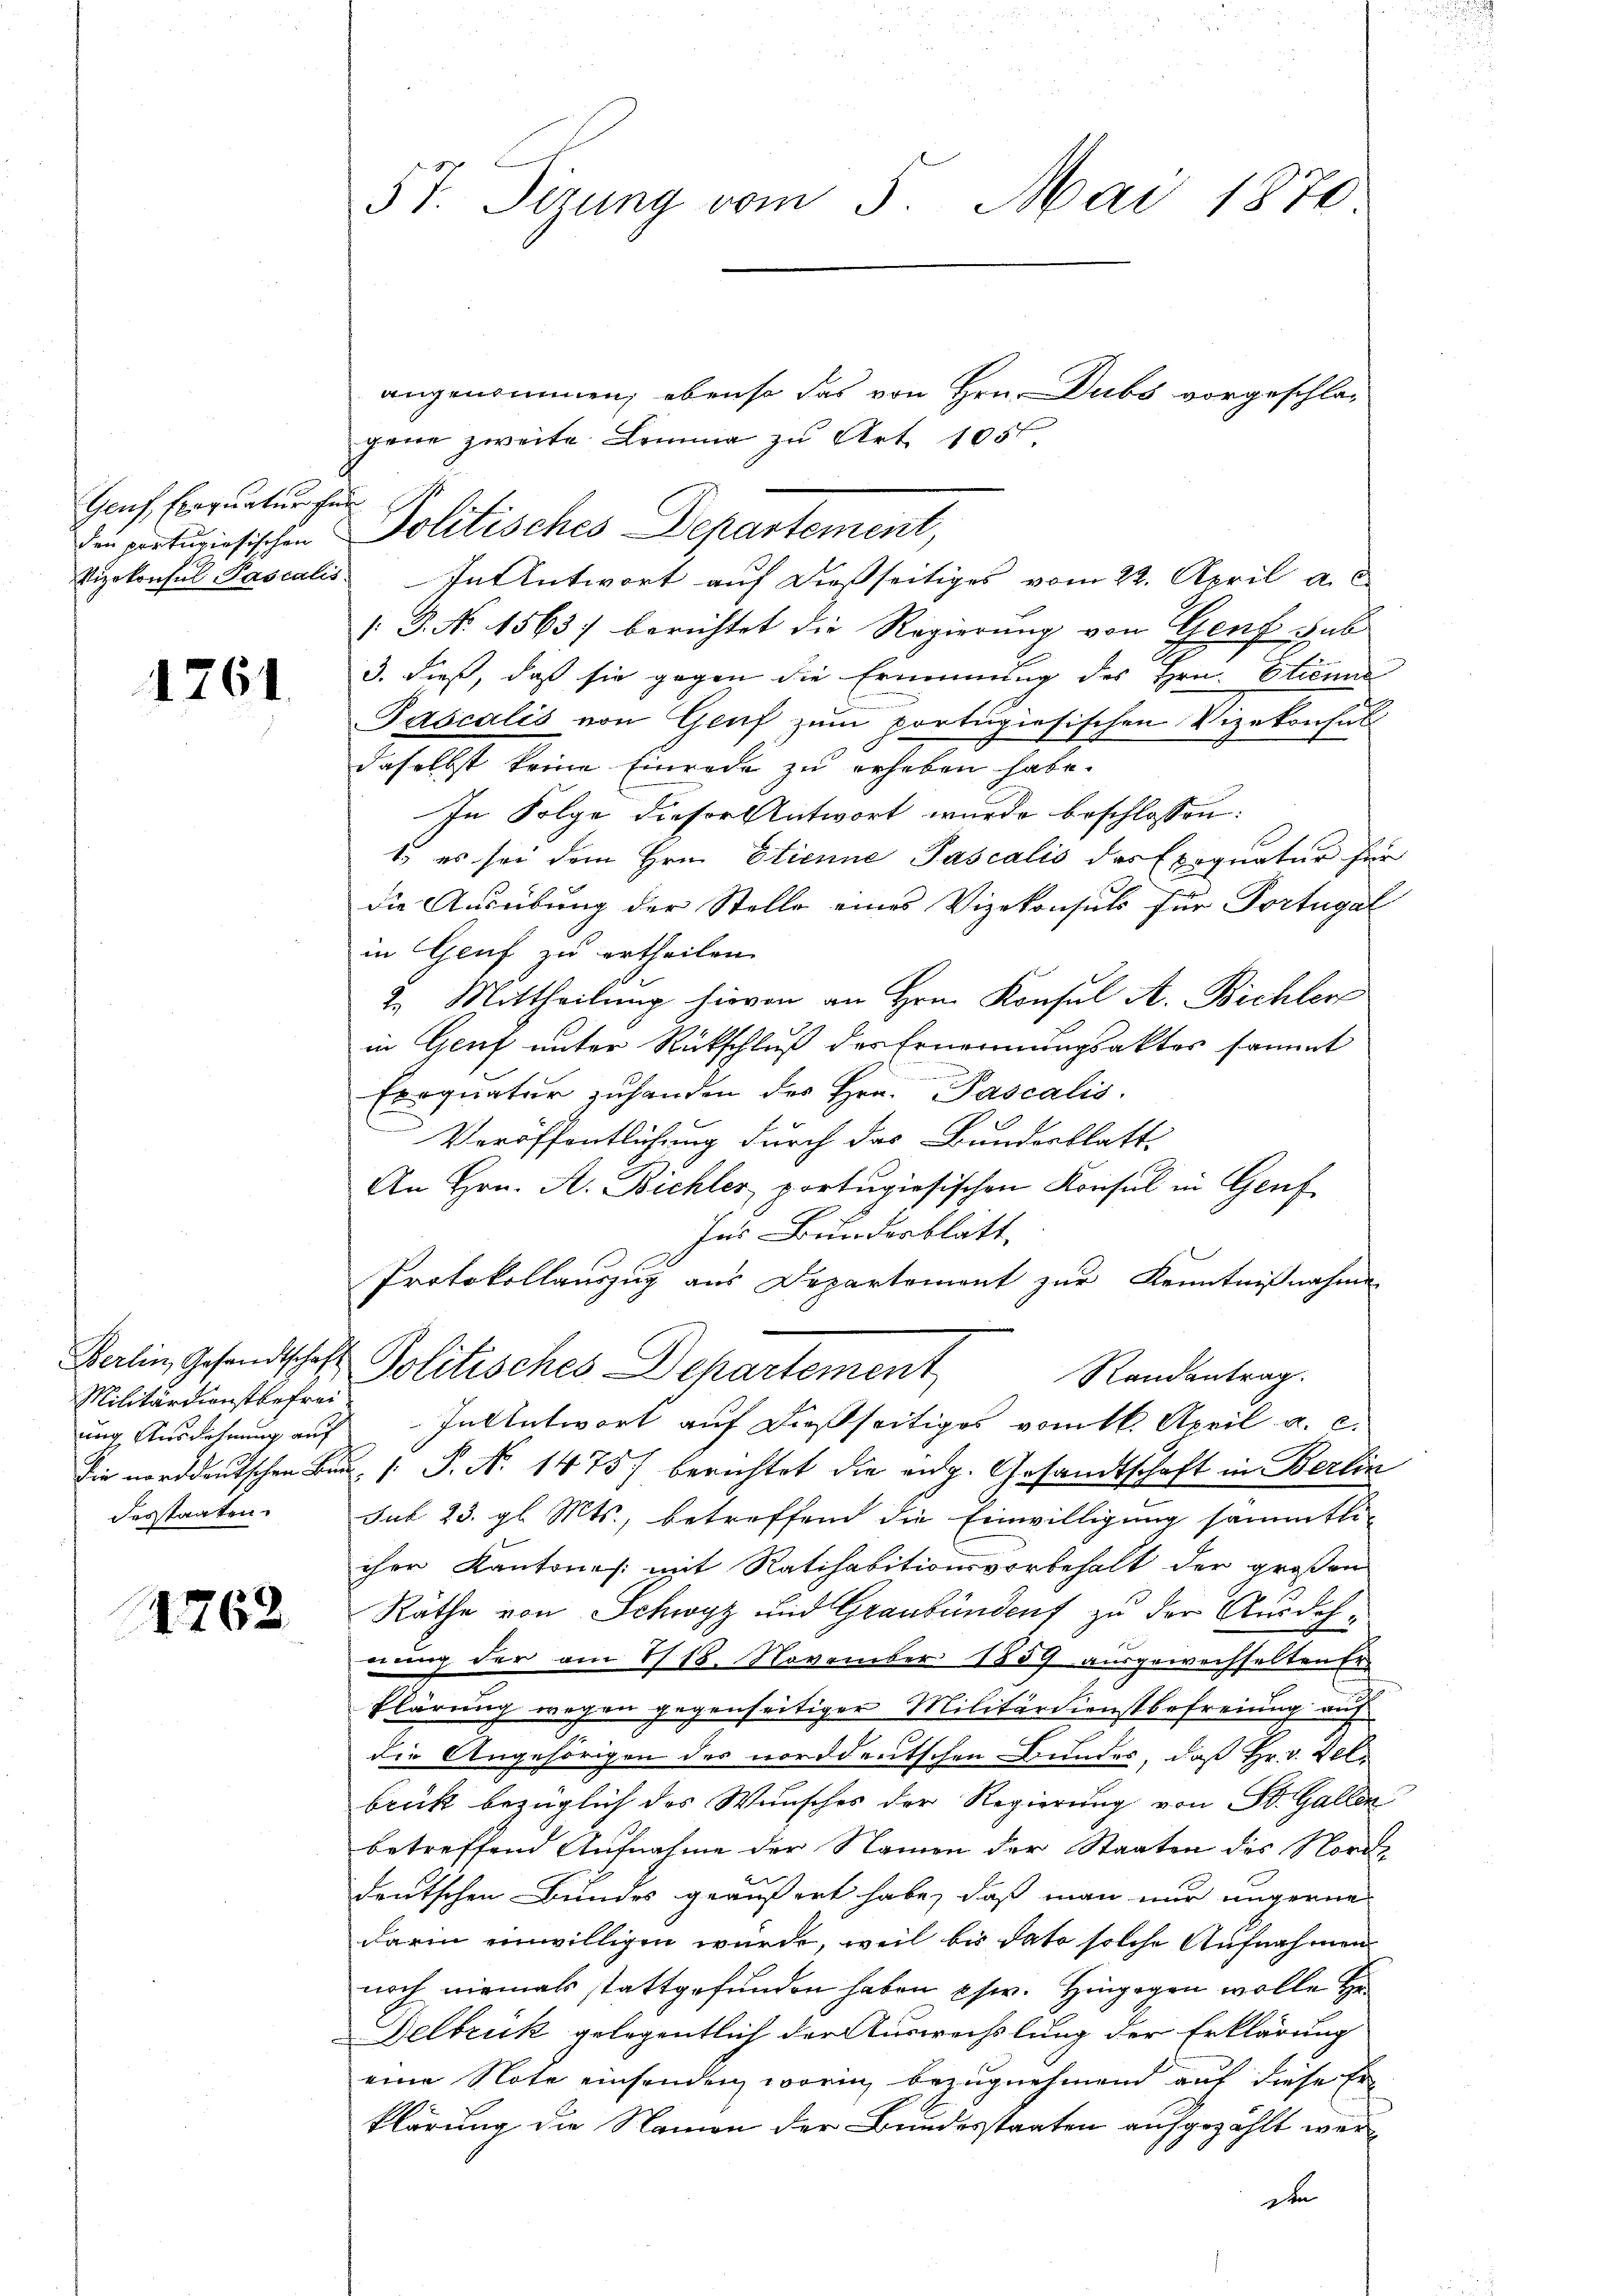
Genf, Einquatur un
den pertuziosischen

1761

Militärdienstbefrei.

1762

57. Sizung vom 5. Mai 1870

angenommen; ebenso das von Hrn. Dubs vorgeschlagene zweite Lemma zu Art. 1057.
Politisches Departement,
Vizekonsul Pascalis Intentwort auf dießseitiges vom 22. April a. c.
 P. Nr. 1563) berichtet die Regierung von Genf sub
3. dieß, daß sie gegen die Ernennung des Hrn. Etienne
Pascalis von Genf zum portugiesischen Vizekonsul
daselbst keine Einrede zu erheben habe.
In Folge dieser Antwort wurde beschlossen:
1) es sei dem Hrn. Etienne Pascalis das Exequatur für
die Ausübung der Stelle eines Vizekonsuls für Portugal
in Gruf zu ertheilen.
2. Mittheilung hievon an Hrn. Konsul A. Bichler
in Genf unter Rückschluß des Ernennungsaktes sammt
un
Errgnatur zuhanden des Hrn. Pascalis
Veröffentlichung durch das Bundesblatt
An Hrn. A. Bichler, portugisischen Konsul in Genf
Ins Bundesblatt.
Protokollauszug aus Departement zur Kenntnißnahme
Berlin, Gesandtschaft Politisches Departement
Randantrag.
ung Ausdehnung auf Intentwort auf dießseitiges vom 16. April a. c.
die norddeutschen Bau / P. Nr. 1475) berichtet die eng. Gesandtschaft in Berlin
desstaaten. sub 23. gl. Mts., betreffend die Einwilligung sämmtliihre Kantones mit Ratihabitionsvorbehalt der großen
Räthe von Schwyz und Graubünden zu der Ausdehnung der am 1/18. November 1859 ausgewechselten Er
klärung wegen gegenseitiger Militärdienstbefreiung auf
die Angehörigen des norddeutschen Bundes, daß Hr. v. Felbruck bezüglich das Wunsches der Regierung von St. Gallen
betreffend Aufnahme der Namen der Staaten des Norddeutschen Bundes geäußert habe, daß man nur ungerne
darin einwilligen würde, weil bis dato solche Aufnahmen
noch niemals stattgefunden haben phw. Hingegen wolle
Delbrück gelegentlich der Auswechslung der Erklärung
eine Note einsenden, worin bezugnehmend auf diese Er-
klärung die Namen der Bundesstaaten aufgezählt wer¬
D